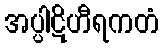
အပ္ပါဋိဟီရကတံ